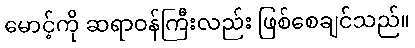
မောင့်ကို ဆရာဝန်ကြီးလည်း ဖြစ်စေချင်သည်။